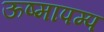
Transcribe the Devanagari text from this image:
ऊष्मापम्प